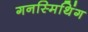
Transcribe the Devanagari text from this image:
गनस्मिथिंग